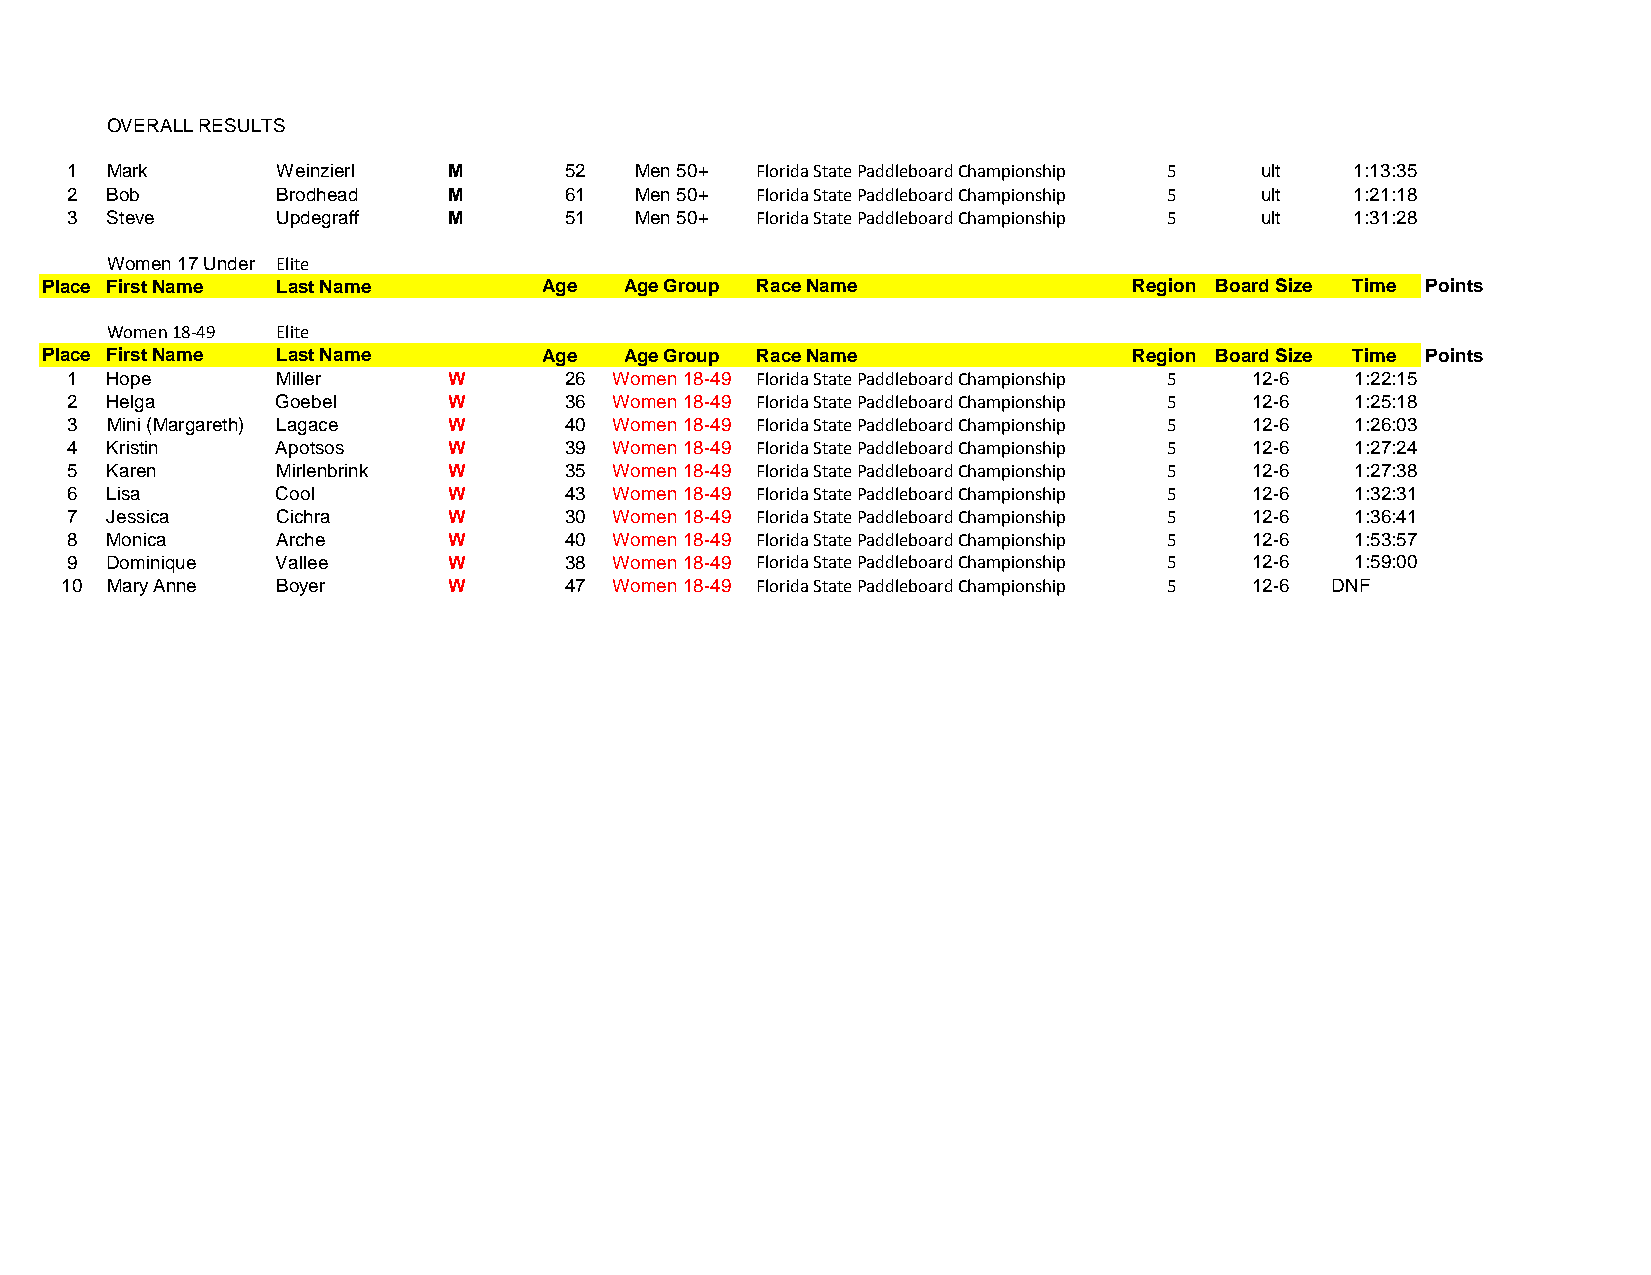
OVERALL RESULTS
 1  Mark       Weinzierl   M      52   Men 50+ Florida State Paddleboard Championship 5 ult 1:13:35
 2  Bob        Brodhead    M      61   Men 50+ Florida State Paddleboard Championship 5 ult 1:21:18
 3  Steve      Updegraff   M      51   Men 50+ Florida State Paddleboard Championship 5 ult 1:31:28
 Women 17 Under Elite
 Place First Name Last Name       Age  Age Group Race Name               Region Board Size Time Points
 Women 18‐49 Elite
 Place First Name Last Name       Age  Age Group Race Name               Region Board Size Time Points
 1  Hope       Miller      W      26  Women 18-49 Florida State Paddleboard Championship 5 12-6 1:22:15
 2  Helga      Goebel      W      36  Women 18-49 Florida State Paddleboard Championship 5 12-6 1:25:18
 3  Mini (Margareth) Lagace W     40  Women 18-49 Florida State Paddleboard Championship 5 12-6 1:26:03
 4  Kristin    Apotsos     W      39  Women 18-49 Florida State Paddleboard Championship 5 12-6 1:27:24
 5  Karen      Mirlenbrink W      35  Women 18-49 Florida State Paddleboard Championship 5 12-6 1:27:38
 6  Lisa       Cool        W      43  Women 18-49 Florida State Paddleboard Championship 5 12-6 1:32:31
 7  Jessica    Cichra      W      30  Women 18-49 Florida State Paddleboard Championship 5 12-6 1:36:41
 8  Monica     Arche       W      40  Women 18-49 Florida State Paddleboard Championship 5 12-6 1:53:57
 9  Dominique  Vallee      W      38  Women 18-49 Florida State Paddleboard Championship 5 12-6 1:59:00
 10 Mary Anne  Boyer       W      47  Women 18-49 Florida State Paddleboard Championship 5 12-6 DNF